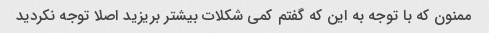
ممنون که با توجه به این که گفتم کمی شکلات بیشتر بریزید اصلا توجه نکردید